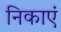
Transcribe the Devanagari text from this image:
निकाएं